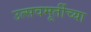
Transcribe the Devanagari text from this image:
उत्सवमूर्तीच्या